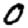
Digit: 0